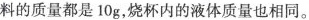
料的质量都是10g，烧杯内的液体质量也相同。